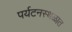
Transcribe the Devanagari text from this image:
पर्यटनस्थळात